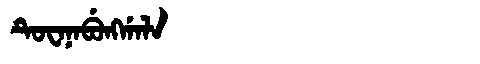
Manchu: ᡨᡠᠸᠠᠨᠠᠪᡠᠩᡤᠠᠯᠠ
Romanization: TUWANABUNGGALA